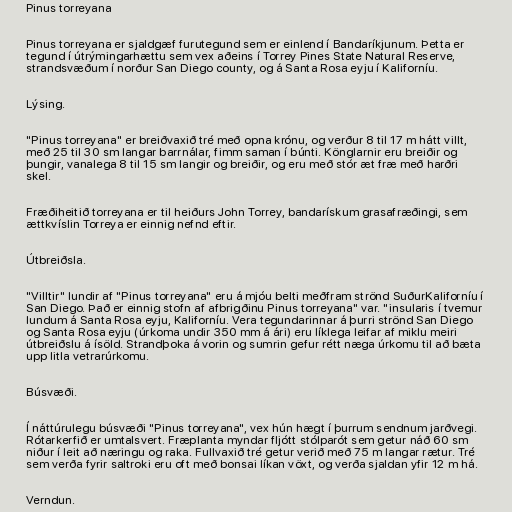
Pinus torreyana

Pinus torreyana er sjaldgæf furutegund sem er einlend í Bandaríkjunum. Þetta er
tegund í útrýmingarhættu sem vex aðeins í Torrey Pines State Natural Reserve,
strandsvæðum í norður San Diego county, og á Santa Rosa eyju í Kaliforníu.

Lýsing.

"Pinus torreyana" er breiðvaxið tré með opna krónu, og verður 8 til 17 m hátt villt,
með 25 til 30 sm langar barrnálar, fimm saman í búnti. Könglarnir eru breiðir og
þungir, vanalega 8 til 15 sm langir og breiðir, og eru með stór æt fræ með harðri
skel.

Fræðiheitið torreyana er til heiðurs John Torrey, bandarískum grasafræðingi, sem
ættkvíslin Torreya er einnig nefnd eftir.

Útbreiðsla.

"Villtir" lundir af "Pinus torreyana" eru á mjóu belti meðfram strönd SuðurKaliforníu í
San Diego. Það er einnig stofn af afbrigðinu Pinus torreyana" var. "insularis í tvemur
lundum á Santa Rosa eyju, Kaliforníu. Vera tegundarinnar á þurri strönd San Diego
og Santa Rosa eyju (úrkoma undir 350 mm á ári) eru líklega leifar af miklu meiri
útbreiðslu á ísöld. Strandþoka á vorin og sumrin gefur rétt næga úrkomu til að bæta
upp litla vetrarúrkomu.

Búsvæði.

Í náttúrulegu búsvæði "Pinus torreyana", vex hún hægt í þurrum sendnum jarðvegi.
Rótarkerfið er umtalsvert. Fræplanta myndar fljótt stólparót sem getur náð 60 sm
niður í leit að næringu og raka. Fullvaxið tré getur verið með 75 m langar rætur. Tré
sem verða fyrir saltroki eru oft með bonsai líkan vöxt, og verða sjaldan yfir 12 m há.

Verndun.